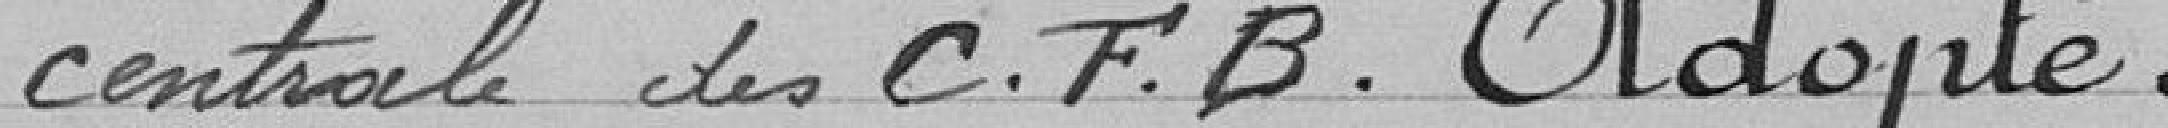
centrale des C.F.B. Adopté.